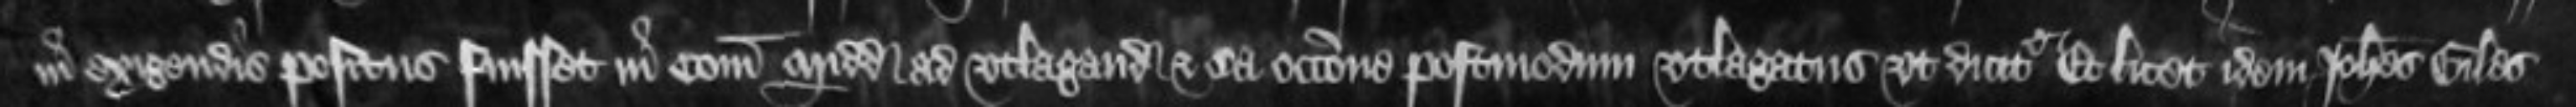
in exigendis positus fuisset in Comitatu Middlesexie ad utlagandum et ea occasione postmodum utlagatus ut dicitur Et licet idem Johannes Giles de